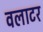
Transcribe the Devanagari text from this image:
वलाटर